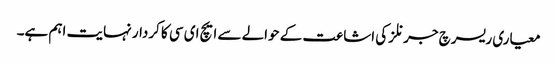
معیاری ریسرچ جرنلز کی اشاعت کے حوالے سے ایچ ای سی کا کردار نہایت اہم ہے۔